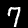
Label: 7